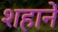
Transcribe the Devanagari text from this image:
शहानें